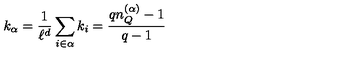
k _ { \alpha } = \frac { 1 } { \ell ^ { d } } \sum _ { i \in \alpha } k _ { i } = \frac { q n _ { Q } ^ { ( \alpha ) } - 1 } { q - 1 }